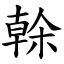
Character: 榦